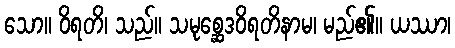
သော။ ဝိရတိ၊ သည်။ သမုစ္ဆေဒဝိရတိနာမ၊ မည်၏။ ယဿာ၊